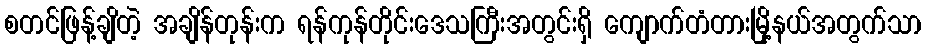
စတင်ဖြန့်ချိတဲ့ အချိန်တုန်းက ရန်ကုန်တိုင်းဒေသကြီးအတွင်းရှိ ကျောက်တံတားမြို့နယ်အတွက်သာ